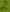
Text: 2